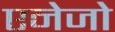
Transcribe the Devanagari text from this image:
एनेजो